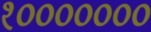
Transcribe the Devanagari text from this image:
१०००००००